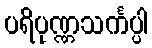
ပရိပုဏ္ဏသင်္ကပ္ပါ